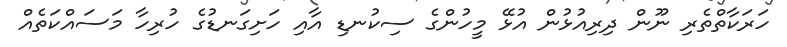
ހަރަކާތްތެރި ނޫން ދިރިއުޅުން އުޅޭ މީހުންގެ ސިކުނޑި އާއި ހަށިގަނޑުގެ ހުރިހާ މަސައްކަތެއް